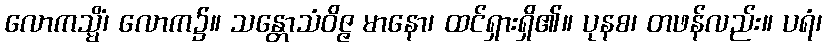
လောကသ္မိံ၊ လောက၌။ သန္တောသံဝိဇ္ဇ မာနော၊ ထင်ရှားရှိ၏။ ပုနစ၊ တဖန်လည်း။ ပရံ၊